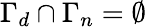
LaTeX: \Gamma_{d}\cap\Gamma_{n}=\emptyset